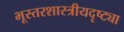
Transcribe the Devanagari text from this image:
भूस्तरशास्त्रीयदृष्ट्या